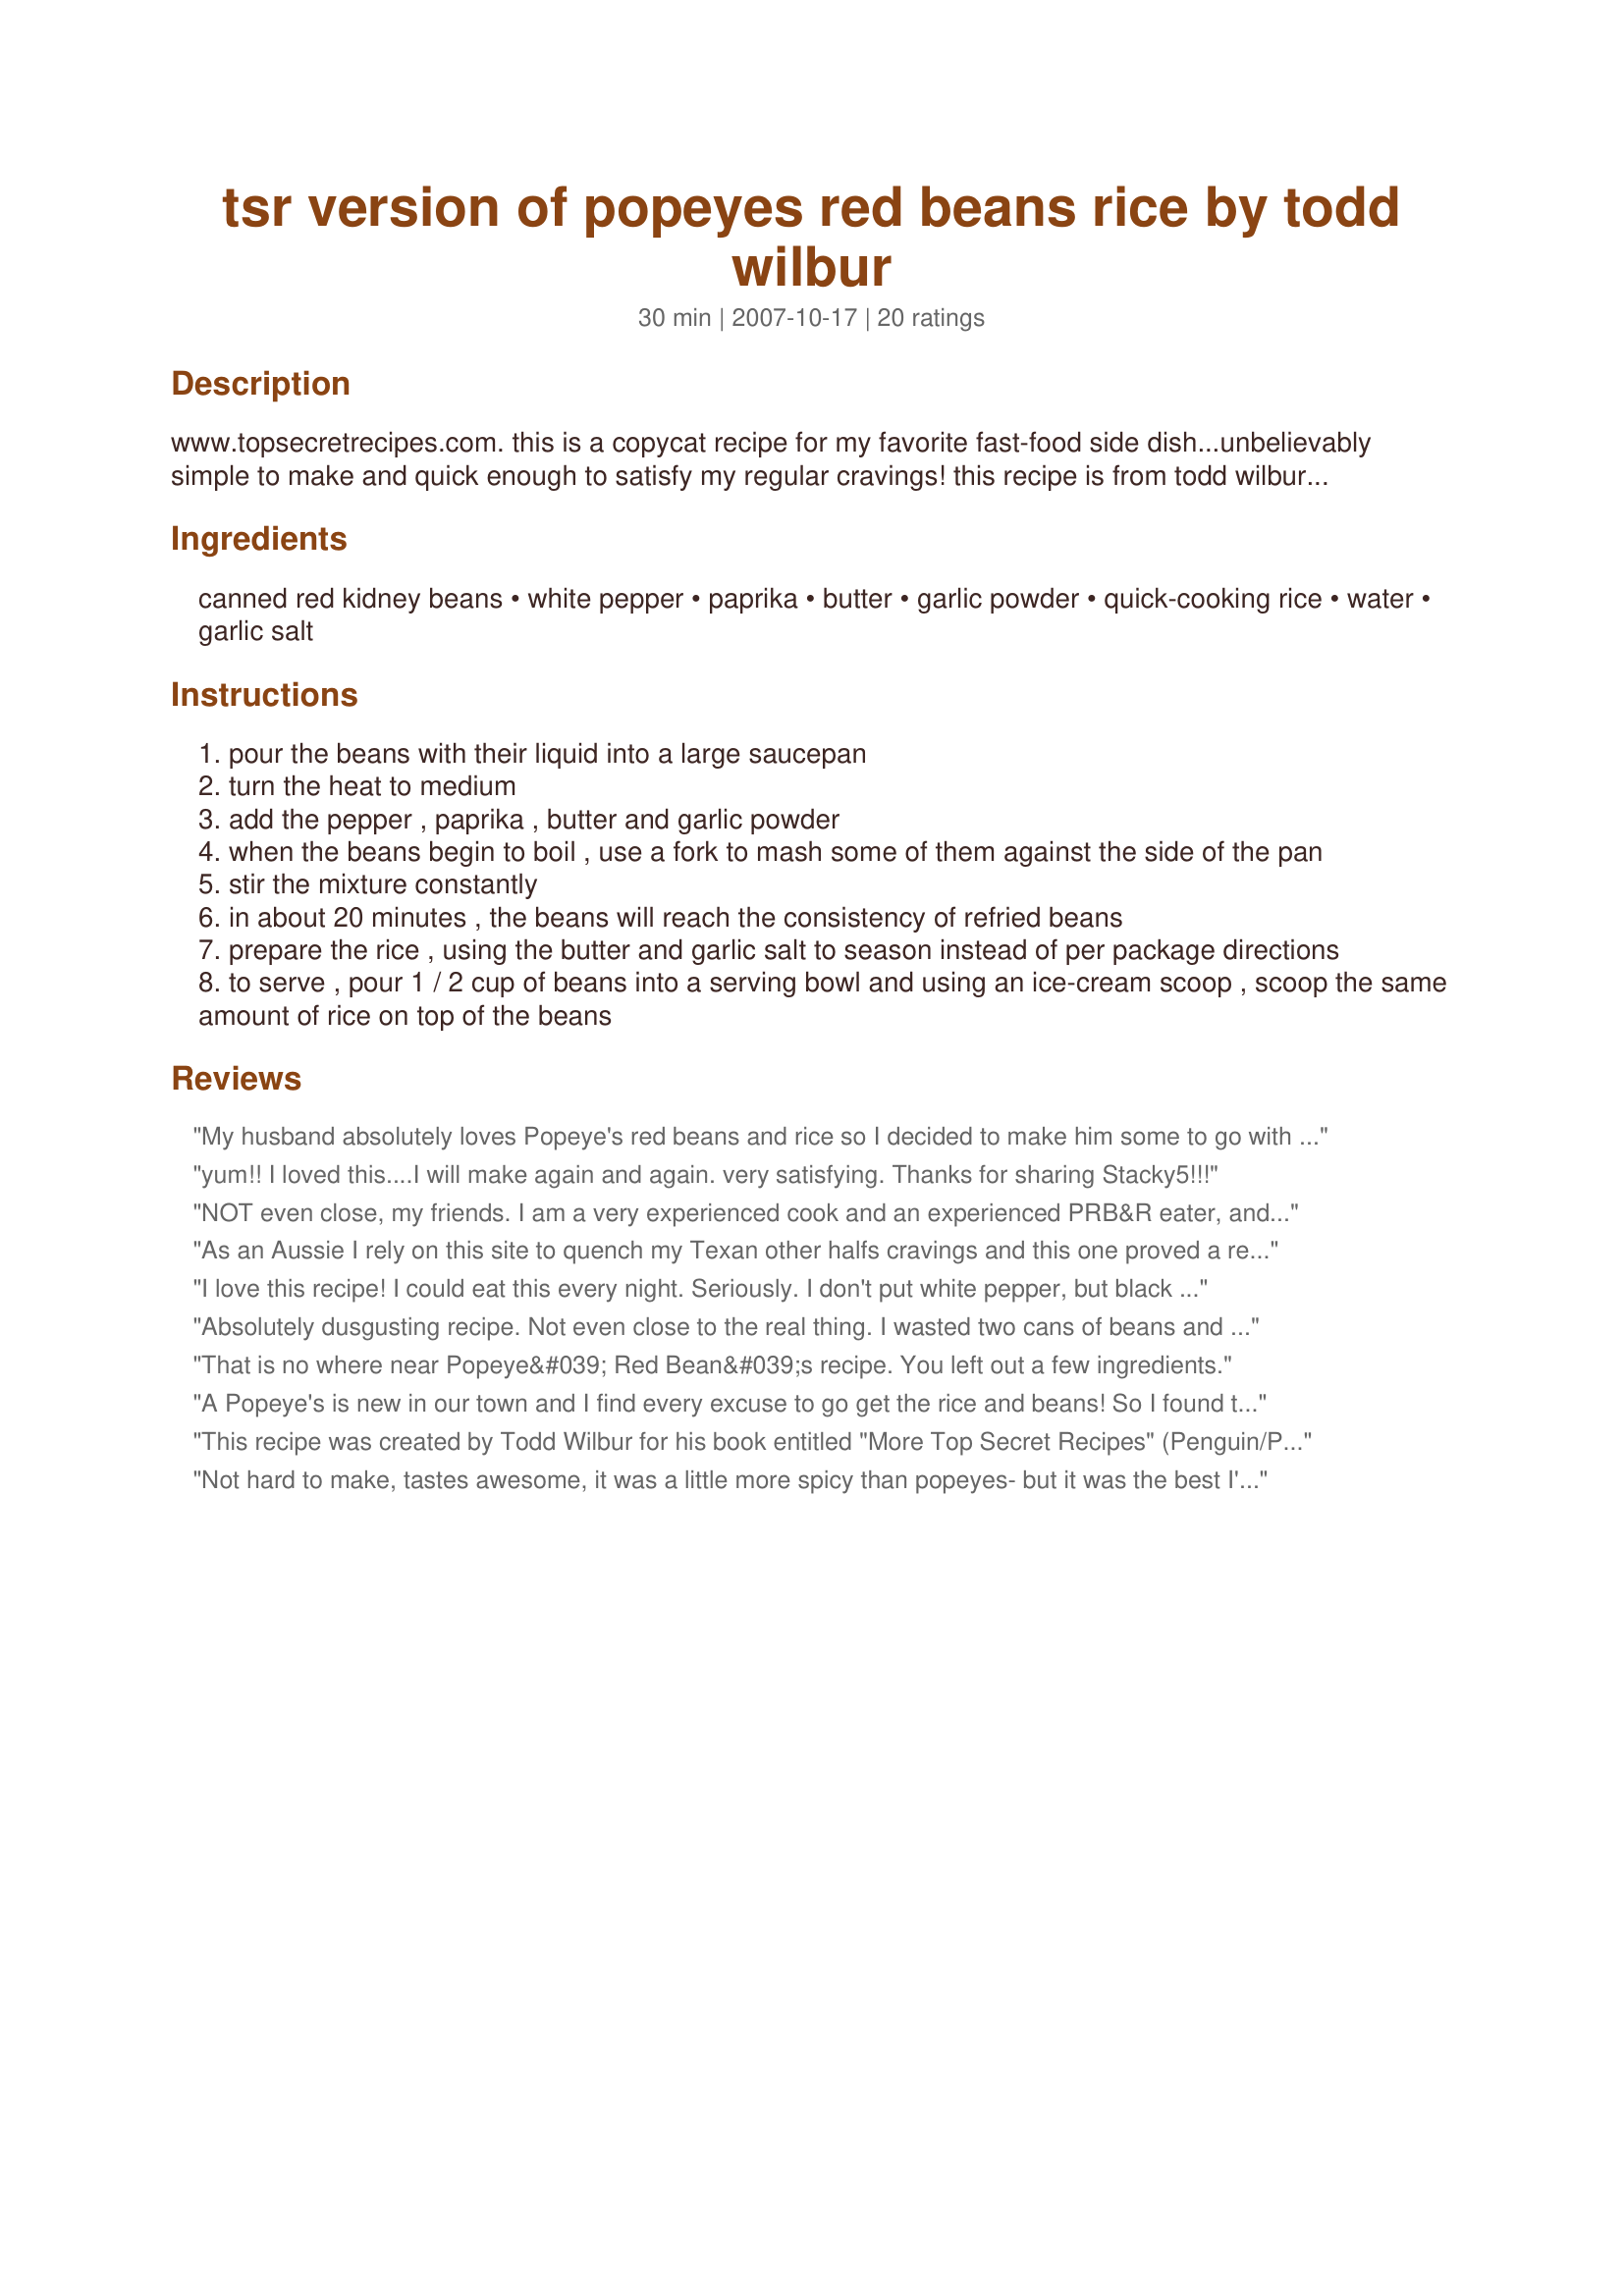
tsr version of popeyes red beans rice by todd wilbur
Preparation time: 30 minutes

www.topsecretrecipes.com. this is a copycat recipe for my favorite fast-food side dish...unbelievably simple to make and quick enough to satisfy my regular cravings! this recipe is from todd wilbur's book more top secret recipes.

Ingredients:
canned red kidney beans, white pepper, paprika, butter, garlic powder, quick-cooking rice, water, garlic salt

Steps:
pour the beans with their liquid into a large saucepan
turn the heat to medium
add the pepper , paprika , butter and garlic powder
when the beans begin to boil , use a fork to mash some of them against the side of the pan
stir the mixture constantly
in about 20 minutes , the beans will reach the consistency of refried beans
prepare the rice , using the butter and garlic salt to season instead of per package directions
to serve , pour 1 / 2 cup of beans into a serving bowl and using an ice-cream scoop , scoop the same amount of rice on top of the beans

Reviews:
My husband absolutely loves Popeye's red beans and rice so I decided to make him some to go with his dinner tonight. He thought they tasted really good, and very close to Popeye's. He did say that I didn't mash up enough of the beans, though. Next time I will mash up at least half. I used the quick cooking rice as stated, but next time I will use regular rice as I don't think the quick cooking is nearly as good.
yum!! I loved this....I will make again and again. very satisfying. Thanks for sharing Stacky5!!!
NOT even close, my friends. I am a very experienced cook and an experienced PRB&R eater, and can tell you: the result of this recipe is not what you're seeking. Too peppery, not "smokY" enough, inadequate mouthfeel.
As an Aussie I rely on this site to quench my Texan other halfs cravings and this one proved a real hit. I used the exact amounts stated and then added a little more zip to suit our tastes.
The only thing I did differently was to cook rice in the rice cooker whist the beans were brewing instead of using the quick rice and then mixed the rice and beans together before serving as that is how Mr Manymanyplums wanted it. A very easy tasty side dish - thanks for a great recipe.
I love this recipe! I could eat this every night. Seriously. I don't put white pepper, but black instead...I'm not a fan of the white pepper. Everything else is perfect!
Absolutely dusgusting recipe. Not even close to the real thing. I wasted two cans of beans and rice and spices on this. Stay away!!
That is no where near Popeye&#039; Red Bean&#039;s recipe. You left out a few ingredients.
A Popeye's is new in our town and I find every excuse to go get the rice and beans! So I found this recipe and immediately set out to make it. Well, I didn't have a 30 oz can of kidney beans, but I did have 15 1/2 oz cans of pink and black beans. Without delay I made the recipe with the pink and black; and I used smokey paprika because that is what I had. I LOVED THEM!!! I have since prepared them with kidney and used different pepper and fat combinations. My favorite is the pink/black bean combo, smokey paprika and the recipe exactly as written. Thank you so much!!!
This recipe was created by Todd Wilbur for his book entitled "More Top Secret Recipes" (Penguin/Putnam 1994)
Not hard to make, tastes awesome, it was a little more spicy than popeyes- but it was the best I've ever had! 
UMMM will be making again and again.
I loved this and would have made it 5 stars, but 1 1/2 tsp. of white pepper was way too much. I like a little kick, but I would start with maybe 1/2 tsp. and go from there. Otherwise, I thought it was pretty close to Popeye's and was a great dish.
Tried this tonight... it was perfect! So yummy and very close to the original.
I love Popeye's Red Beans and Rice so I thought I would give this recipe a try. It was very good, easy to make, and inexpensive. I will definitely make this one again. Thanks for posting.
This red beans and rice dish was so good! I subbed regular rice for converted, decreased white pepper to 1/2 teaspoon ( 1 1/2 teaspoons sounds like a typo to me), increased paprika to scant 1/2 teaspoon. I don't know if this is close to Popeye's version as I've never eaten there. Regardless, with cornbread and my posted chard with bacon dressing the dish hit the spot. I want to mention that in Step #4 I stirred the beans on medium heat to avoid burning. I did not understand the directions in Step #5, but it didn't effect the outcome. Will be preparing again soon! In Memory of Stacky.
Was good, but not Popeyes.
Made this for lunch today and it is awesome. I just luv popeye's red beans and rice and bless you stacy.Thank you for sharing this wonderful recipe with us.

This was made to honor our dear friend stacy and this recipe is highly recommended.
Luv and miss you friend.
Very very very good! Very easy and best of all CHEAP to make! I made the beans from dry, not canned, and made this in the crockpot. Thanks for this great recipe!
starting to make this for a second time and I'm not sure but I don't recall using so much butter SERIOUSLY ? 6 TABLESPOONS ?? ,Also the white pepper is pretty overpowering ,its close but its nowhere NEAR POPEYES .....one other thing I don't really get is the rice and beans should be exactly half and half so whats with the ice cream scoop ?
Taste was great! Whole family knocked the whole serving down and some. Good stuff.
I made this dish along with Popeyes biscuit copycat recipe... This was very very good! I (who typically hates red beans and rice) ate a bowl myself!

I browned some diced turkey sausage and put over rice and beans. Made as stated, but I added 1/2 tsp Accent and used 1 tsp black pepper.
Wouldn't change anything.
